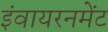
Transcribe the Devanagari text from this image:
इंवायरनमेंट